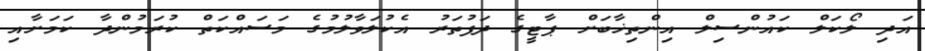
އަދި ލޯކަލް ކައުންސިލް އިންތިޚާބަށް ޕާޓީގެ ދަފުތަރު އެކުލަވާލުމުގެ މަސައްކަތް ކުރަމުންދާ ކަމަށާއި